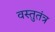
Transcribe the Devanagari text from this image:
वस्तुतंत्र